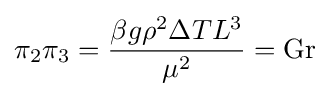
\pi _{2}\pi _{3}={\frac {\beta g\rho ^{2}\Delta TL^{3}}{\mu ^{2}}}=\mathrm {Gr}